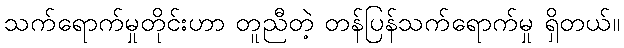
သက်ရောက်မှုတိုင်းဟာ တူညီတဲ့ တန်ပြန်သက်ရောက်မှု ရှိတယ်။